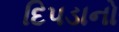
દિપડાનો